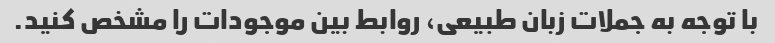
با توجه به جملات زبان طبیعی، روابط بین موجودات را مشخص کنید.